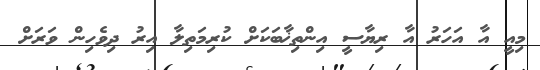
މިއީ އާ އަހަރު އާ ރިޔާސީ އިންތިޚާބަކަށް ކުރިމަތިލާ އިރު ދިވެހިން ވަރަށް